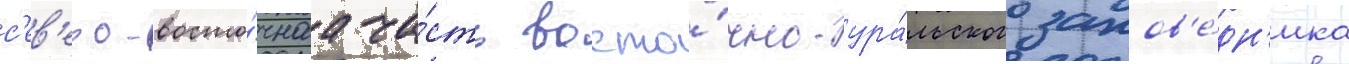
с'ев'еро-восто́чнаа ча́сть восто́чно-ура́льского запов'е́дн'ика